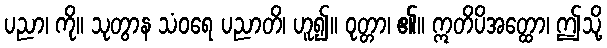
ပညာ၊ ကို။ သုတွာန သံဝရေ ပညာတိ၊ ဟူ၍။ ဝုတ္တာ၊ ၏။ ဣတိပိအတ္ထော၊ ဤသို့